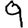
Digit: 9